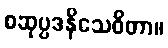
စဆုပ္ပဒနိသေဝိတာ။